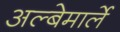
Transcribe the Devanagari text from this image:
अल्बेमार्ले